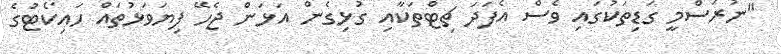
"ނުރަސްމީ ގަޑިތަކުގައި ވެސް އެފަދަ ޗިޓްތަކާއި ގުޅިގެން އަޅަން ޖެހޭ ފިޔަވަޅުތައް ހައިކޯޓުގެ